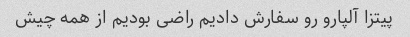
پیتزا آلپارو رو سفارش دادیم راضی بودیم از همه چیش